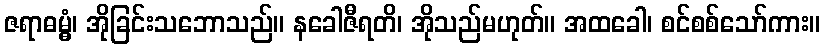
ဇရာဓမ္မွံ၊ အိုခြင်းသဘောသည်။ နခေါဇီရတိ၊ အိုသည်မဟုတ်။ အထခေါ၊ စင်စစ်သော်ကား။